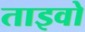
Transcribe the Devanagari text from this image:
ताइवो